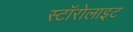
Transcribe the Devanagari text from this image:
स्टॉरोलाइट